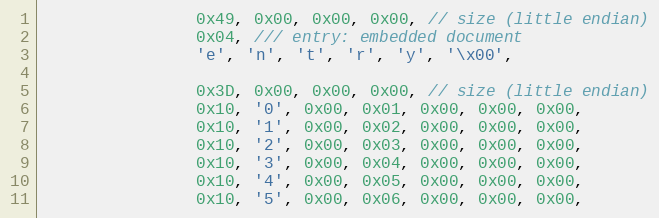
Language: C++
                0x49, 0x00, 0x00, 0x00, // size (little endian)
                0x04, /// entry: embedded document
                'e', 'n', 't', 'r', 'y', '\x00',

                0x3D, 0x00, 0x00, 0x00, // size (little endian)
                0x10, '0', 0x00, 0x01, 0x00, 0x00, 0x00,
                0x10, '1', 0x00, 0x02, 0x00, 0x00, 0x00,
                0x10, '2', 0x00, 0x03, 0x00, 0x00, 0x00,
                0x10, '3', 0x00, 0x04, 0x00, 0x00, 0x00,
                0x10, '4', 0x00, 0x05, 0x00, 0x00, 0x00,
                0x10, '5', 0x00, 0x06, 0x00, 0x00, 0x00,